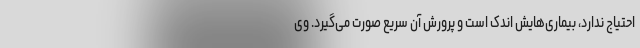
احتیاج ندارد، بیماری‌هایش اندک است و پرورش آن سریع صورت می‌گیرد. وی